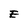
Character: E